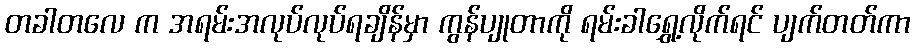
တခါတလေ က အရမ်းအလုပ်လုပ်ရချိန်မှာ ကွန်ပျုတာကို ရမ်းခါရွှေ့လိုက်ရင် ပျက်တတ်ကာ